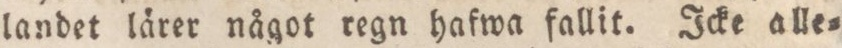
landet lärer något regn hafwa fallit. Icke alle=